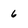
Character: 6